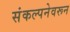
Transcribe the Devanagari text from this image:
संकल्पनेवरून